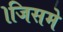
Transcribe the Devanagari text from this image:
।जिसमे